Civil Veterinary Department. Central Provinces & Berar 1932-41 - 1932-1941
Year: 1932
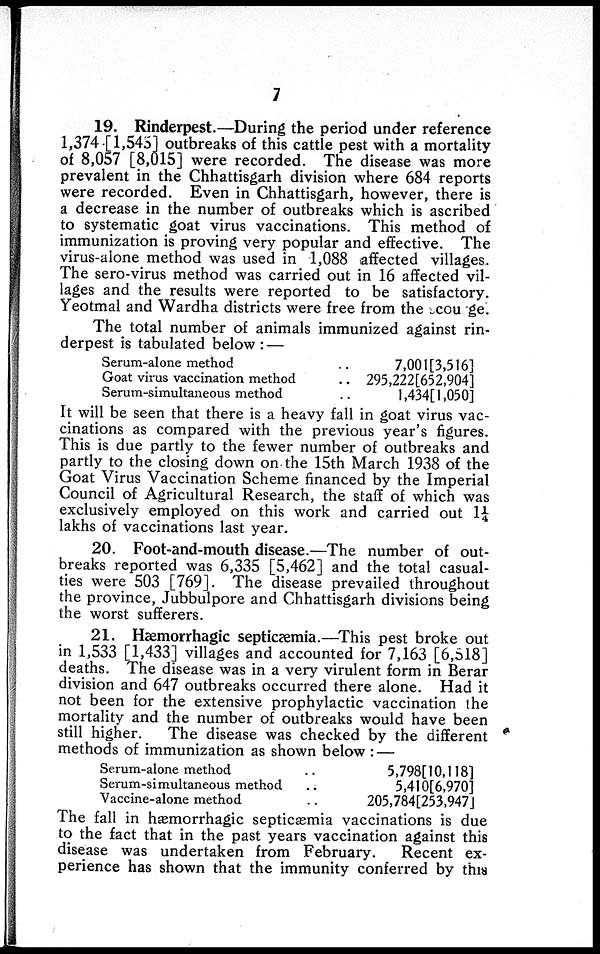
7
19. Rinderpest.—During the period under reference
1,374 [1,545] outbreaks of this cattle pest with a mortality
of 8,057 [8,015] were recorded. The disease was more
prevalent in the Chhattisgarh division where 684 reports
were recorded. Even in Chhattisgarh, however, there is
a decrease in the number of outbreaks which is ascribed
to systematic goat virus vaccinations. This method of
immunization is proving very popular and effective. The
virus-alone method was used in 1,088 affected villages.
The sero-virus method was carried out in 16 affected vil-
lages and the results were reported to be satisfactory.
Yeotmal and Wardha districts were free from the scou ge.
The total number of animals immunized against rin-
derpest is tabulated below:—
Serum-alone method
..
Goat virus vaccination method
..
Serum-simultaneous method ..
7,001[3,516]
295,222[652,904]
1,434[1,050]
It will be seen that there is a heavy fall in goat virus vac-
cinations as compared with the previous year's figures.
This is due partly to the fewer number of outbreaks and
partly to the closing down on the 15th March 1938 of the
Goat Virus Vaccination Scheme financed by the Imperial
Council of Agricultural Research, the staff of which was
exclusively employed on this work and carried out 1¼
lakhs of vaccinations last year.
20. Foot-and-mouth disease.—The number of out-
breaks reported was 6,335 [5,462] and the total casual-
ties were 503 [769]. The disease prevailed throughout
the province, Jubbulpore and Chhattisgarh divisions being
the worst sufferers.
21. Hæmorrhagic septicæmia.—This pest broke out
in 1,533 [1,433] villages and accounted for 7,163 [6,518]
deaths. The disease was in a very virulent form in Berar
division and 647 outbreaks occurred there alone. Had it
not been for the extensive prophylactic vaccination the
mortality and the number of outbreaks would have been
still higher.
The disease was checked by the different
methods of immunization as shown below:—
Serum-alone method ..
Serum-simultaneous method
..
Vaccine-alone method ..
5,798[10,118]
5,410[6,970]
205,784[253,947]
The fall in hæmorrhagic septicæmia vaccinations is due
to the fact that in the past years vaccination against this
disease was undertaken from February.
Recent ex-
perience has shown that the immunity conferred by this